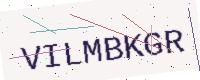
Text: VILMBKGR